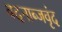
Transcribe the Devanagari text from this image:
वदनाब्जवृंद